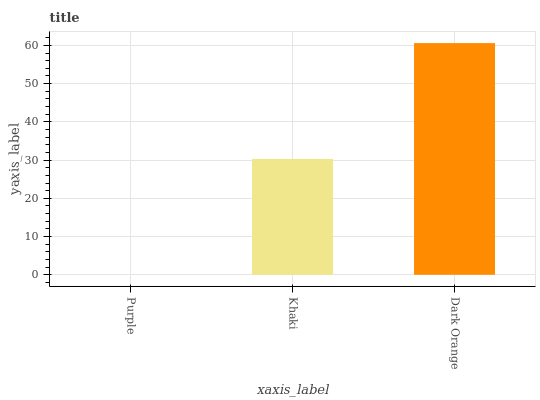
| xaxis_label | bars |
 | --- | --- |
 | Purple | 0 |
 | Khaki | 30.3 |
 | Dark Orange | 60.6 |